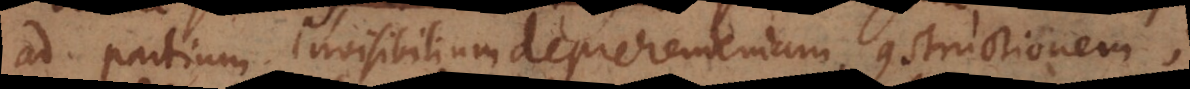
ad partium invisibilium deprehendendam constructionem;